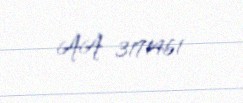
AA 3171461